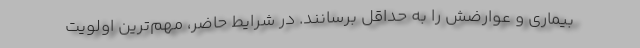
بیماری و عوارضش را به حداقل برسانند. در شرایط حاضر، مهم‌ترین اولویت